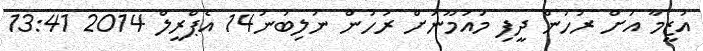
އަޒީމާ އަށް ރުހުން ދީފި މައުމޫނަށް ރުހުން ނުލިބުނު14 އެޕްރީލް 2014 13:41